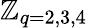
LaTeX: \mathbb{Z}_{q=2,3,4}